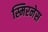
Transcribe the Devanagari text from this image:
स्मिरनेस